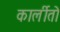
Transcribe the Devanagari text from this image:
कार्लीतो